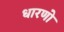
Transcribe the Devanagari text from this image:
धारणो